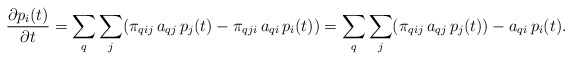
\begin{align*}\begin{array}{rl}\displaystyle{\frac{\partial p_i(t)}{\partial t} = \sum_q\sum_j (\pi_{qij}\,a_{qj}\,p_j(t)-\pi_{qji}\,a_{qi}\,p_i(t))= \sum_q\sum_j (\pi_{qij}\,a_{qj}\,p_j(t))-a_{qi}\,p_i(t)}.\end{array}\end{align*}